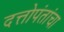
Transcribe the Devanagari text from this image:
दत्तोपंतांचा